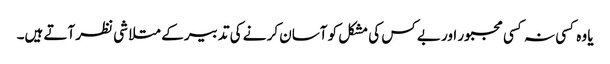
یا وہ کسی نہ کسی مجبور اور بے کس کی مشکل کو آسان کر نے کی تدبیر کے متلا شی نظر آتے ہیں۔